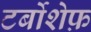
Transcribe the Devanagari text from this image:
टर्बोशेफ़